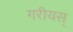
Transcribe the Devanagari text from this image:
गरीयस्‌